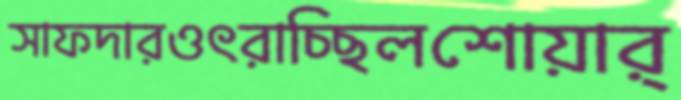
সাফদারওৎরাচ্ছিলশোয়ার্